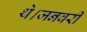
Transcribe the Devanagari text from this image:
थे।जनवरी